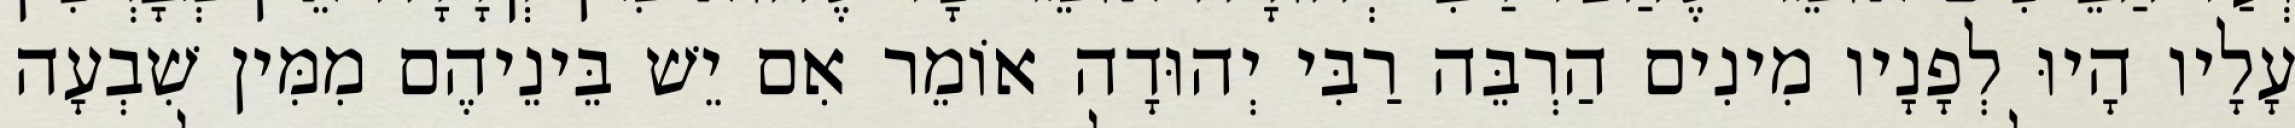
עָלָיו הָיוּ לְפָנָיו מִינִים הַרְבֵּה רַבִּי יְהוּדָה אוֹמֵר אִם יֵשׁ בֵּינֵיהֶם מִמִּין שִׁבְעָה